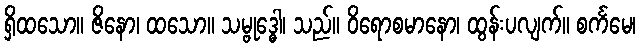
ရှိထသော။ ဇိနော၊ ထသော။ သမ္ဗုဒ္ဓေါ၊ သည်။ ဝိရောစမာနော၊ ထွန်းပလျက်။ စင်္ကမေ၊